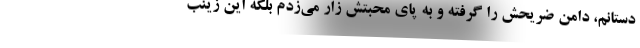
دستانم، دامن ضریحش را گرفته و به پای محبتش زار می‌زدم بلکه این زینب